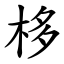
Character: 栘